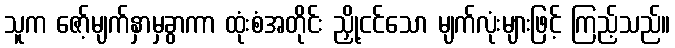
သူက ဇော့်မျက်နှာမှခွာကာ ထုံးစံအတိုင်း ညှို့ငင်သော မျက်လုံးများဖြင့် ကြည့်သည်။